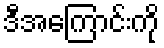
ဒီအကြောင်းကို